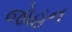
જોહન